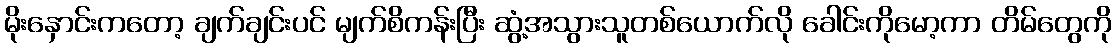
မိုးနှောင်းကတော့ ချက်ချင်းပင် မျက်စိကန်းပြီး ဆွံ့အသွားသူတစ်ယောက်လို ခေါင်းကိုမော့ကာ တိမ်တွေကို